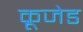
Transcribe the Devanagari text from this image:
क्रूजेड